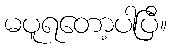
မပူရတော့ပါပြီ။